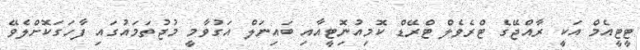
ޓީޓީއެމް އަކީ ރާއްޖޭގެ ޓްރެވެލް ޓްރޭޑް ކޮމިއުނިޮޓީއާއި ބައިނަލް އަގުވާމީ މުޖުތަމައުގައި ފާހަގަކޮށްލެވޭ